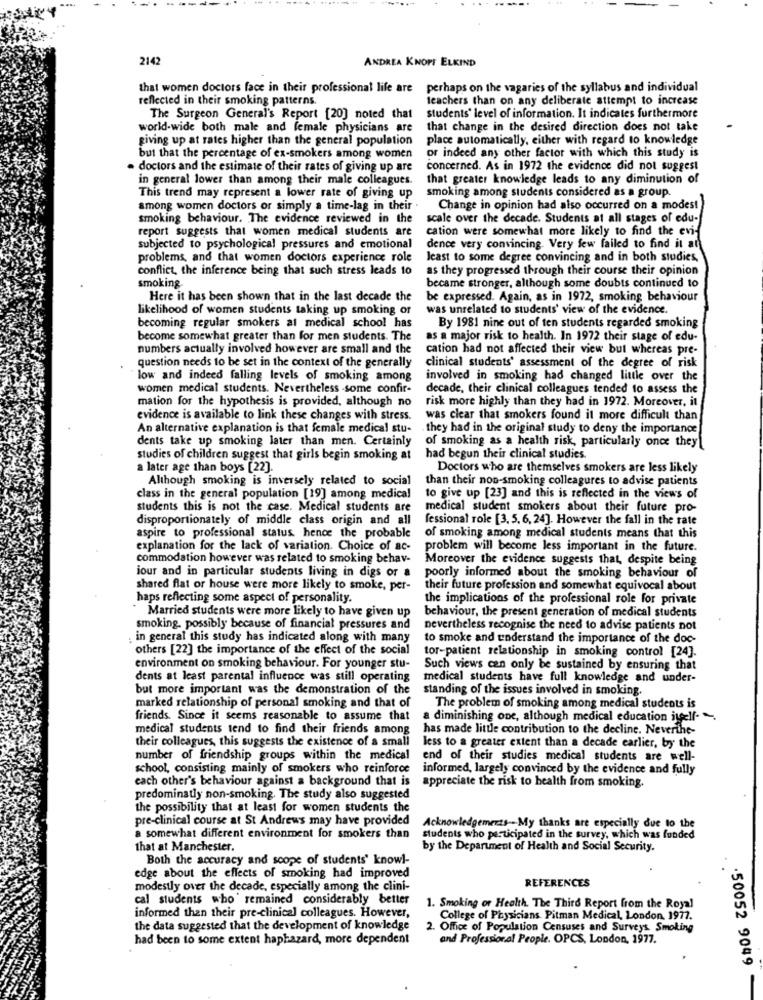
214
ANDREA KNOPF ELKIND
that women doctors face in their professional life are perhaps on the vagaries of the syllabus and individual
reflected in their smoking patterns.
teachers than on any deliberate attempt to increase
The Surgeon General's Report [20] noted that
students' level of information. It indicates furthermore
world-wide both male and female physicians are
that change in the desired direction does not take
giving up at rates higher than the general population
place automatically, either with regard to knowledge
or indeed any other factor with which this study is
but that the percentage of ex-smokers among women
. doctors and the estimate of their rates of giving up are
concerned. As in 1972 the evidence did not suggest
in general lower than among their male colleagues.
that greater knowledge leads to any diminution of
This trend may represent a lower rate of giving up
smoking among students considered as a group.
among women doctors or simply a time-lag in their .
Change in opinion had also occurred on a modest
smoking behaviour. The evidence reviewed in the
scale over the decade. Students at all stages of edu-
report suggests that women medical students are
cation were somewhat more likely to find the evi-
subjected to psychological pressures and emotional
dence very convincing. Very few failed to find it at
problems, and that women doctors experience role
least to some degree convincing and in both studies,
conflict, the inference being that such stress leads to
as they progressed through their course their opinion
smoking.
became stronger, although some doubts continued to
Here it has been shown that in the last decade the
be expressed. Again, as in 1972, smoking behaviour
likelihood of women students taking up smoking of
was unrelated to students' view of the evidence.
becoming regular smokers al medical school has
By 1981 nine out of ten students regarded smoking
become somewhat greater than for men students. The
as a major risk to health. In 1972 their stage of edu-
numbers actually involved however are small and the
cation had not affected their view but whereas pre-
question needs to be set in the context of the generally
clinical students' assessment of the degree of risk
low and indeed falling levels of smoking among
involved in smoking had changed little over the
women medical students. Nevertheless -some confir-
decade, their clinical colleagues tended to assess the
mation for the hypothesis is provided, although no
risk more highly than they had in 1972. Moreover, it
evidence is available to link these changes with stress.
was clear that smokers found it more difficult than
An alternative explanation is that female medical stu- . they had in the original study to deny the importance
dents take up smoking later than men. Certainly
of smoking as a health risk, particularly once they
studies of children suggest that girls begin smoking at
had begun their clinical studies.
a later age than boys [22].
Doctors who are themselves smokers are less likely
Although smoking is inversely related to social
than their non-smoking colleagures to advise patients
class in the general population [19] among medical
to give up [23] and this is reflected in the views of
students this is not the case. Medical students are medical student smokers about their future pro-
disproportionately of middle class origin and all
fessional role [3, 5, 6, 24]. However the fall in the rate
aspire to professional status. hence the probable
of smoking among medical students means that this
explanation for the lack of variation. Choice of ac-
problem will become less important in the future.
commodation however was related to smoking behav-
Moreover the evidence suggests that, despite being
jour and in particular students living in digs or a
poorly informed about the smoking behaviour of
shared flat or house were more likely to smoke, per-
their future profession and somewhat equivocal about
haps reflecting some aspect of personality.
the implications of the professional role for private
Married students were more likely to have given up
behaviour, the present generation of medical students
smoking. possibly because of financial pressures and
nevertheless recognise the need to advise patients not
in general this study has indicated along with many
to smoke and understand the importance of the doc-
others [22] the importance of the effect of the social
tor-patient relationship in smoking control [24].
environment on smoking behaviour. For younger stu-
Such views can only be sustained by ensuring that
dents at least parental influence was still operating
medical students have full knowledge and under-
but more important was the demonstration of the
standing of the issues involved in smoking.
marked relationship of personal smoking and that of
The problem of smoking among medical students is
friends. Since it seems reasonable to assume that
a diminishing one, although medical education itself. .
medical students tend to find their friends among
has made little contribution to the decline. Neverthe-
their colleagues, this suggests the existence of a small
less to a greater extent than a decade earlier, by the
number of friendship groups within the medical
end of their studies medical students are well-
school, consisting mainly of smokers who reinforce
informed, largely convinced by the evidence and fully
each other's behaviour against a background that is
appreciate the risk to health from smoking.
predominatly non-smoking. The study also suggested
the possibility that at least for women students the
pre-clinical course at St Andrews may have provided
Acknowledgements-My thanks are especially due to the
a somewhat different environment for smokers than
students who participated in the survey, which was funded
that at Manchester.
by the Department of Health and Social Security.
Both the accuracy and scope of students' knowl-
edge about the effects of smoking had improved
REFERENCES
modestly over the decade, especially among the clini-
cal students who ' remained considerably better
1. Smoking of Health. The Third Report from the Royal
informed than their pre-clinical colleagues. However,
College of Physicians Pitman Medical, London, 1977.
the data suggested that the development of knowledge
2. Office of Population Censuses and Surveys Smoking
had been to some extent haphazard, more dependent
and Professional People. OPCS, London, 1977.
.50052 9049
-